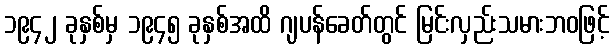
၁၉၄၂ ခုနှစ်မှ ၁၉၄၅ ခုနှစ်အထိ ဂျပန်ခေတ်တွင် မြင်းလှည်းသမားဘဝဖြင့်